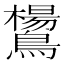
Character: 鸉